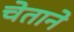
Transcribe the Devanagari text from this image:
चेताने